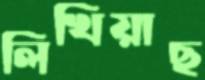
লিখিয়াছ